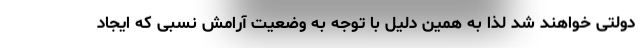
دولتی خواهند شد لذا به همین دلیل با توجه به وضعیت آرامش نسبی که ایجاد